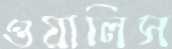
ওয়ালিস